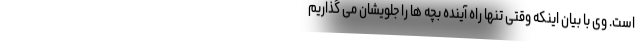
است. وی با بیان اینکه وقتی تنها راه آینده بچه ها را جلویشان می گذاریم